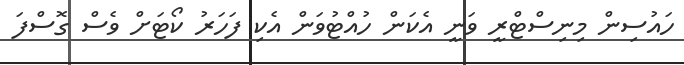
ހައުސިން މިނިސްޓްރީ ވަނީ އެކަން ހުއްޓުވަން އެކި ފަހަރު ކޯޓަށް ވެސް ގޮސްފަ